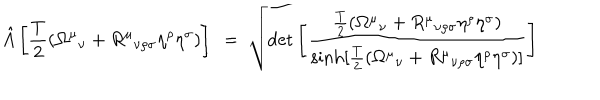
{ \hat { A } } \left[ { \frac { T } { 2 } } ( { \Omega ^ { \mu } } _ { \nu } + { R ^ { \mu } } _ { \nu \rho \sigma } \eta ^ { \rho } \eta ^ { \sigma } ) \right] ~ = ~ \sqrt { \det \left[ { \frac { \frac { T } { 2 } ( { \Omega ^ { \mu } } _ { \nu } + { R ^ { \mu } } _ { \nu \rho \sigma } \eta ^ { \rho } \eta ^ { \sigma } ) } { \sinh [ \frac { T } { 2 } ( { \Omega ^ { \mu } } _ { \nu } + { R ^ { \mu } } _ { \nu \rho \sigma } \eta ^ { \rho } \eta ^ { \sigma } ) ] } } \right] }